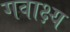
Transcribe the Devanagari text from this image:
गवाक्ष्य